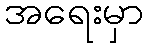
အရေးမှာ